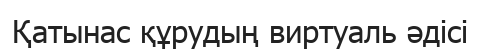
Қатынас құрудың виртуаль әдісі